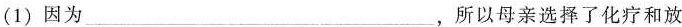
(1)因为___，所以母亲选择了化疗和放